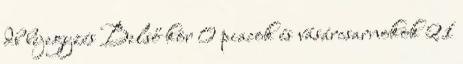
db bejegyzés Belső kör 0 piacok és vásárcsarnokok 21